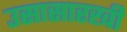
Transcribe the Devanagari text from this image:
उसासारखी